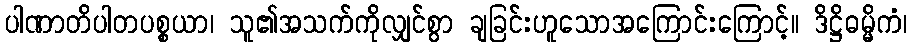
ပါဏာတိပါတပစ္စယာ၊ သူ၏အသက်ကိုလျှင်စွာ ချခြင်းဟူသောအကြောင်းကြောင့်။ ဒိဋ္ဌိဓမ္မိကံ၊